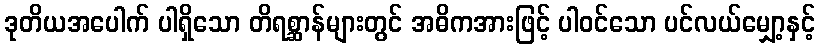
ဒုတိယအပေါက် ပါရှိသော တိရစ္ဆာန်များတွင် အဓိကအားဖြင့် ပါဝင်သော ပင်လယ်မျှော့နှင့်